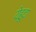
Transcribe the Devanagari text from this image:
येहूदा